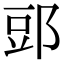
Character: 郖